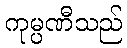
ကုမ္ပဏီသည်